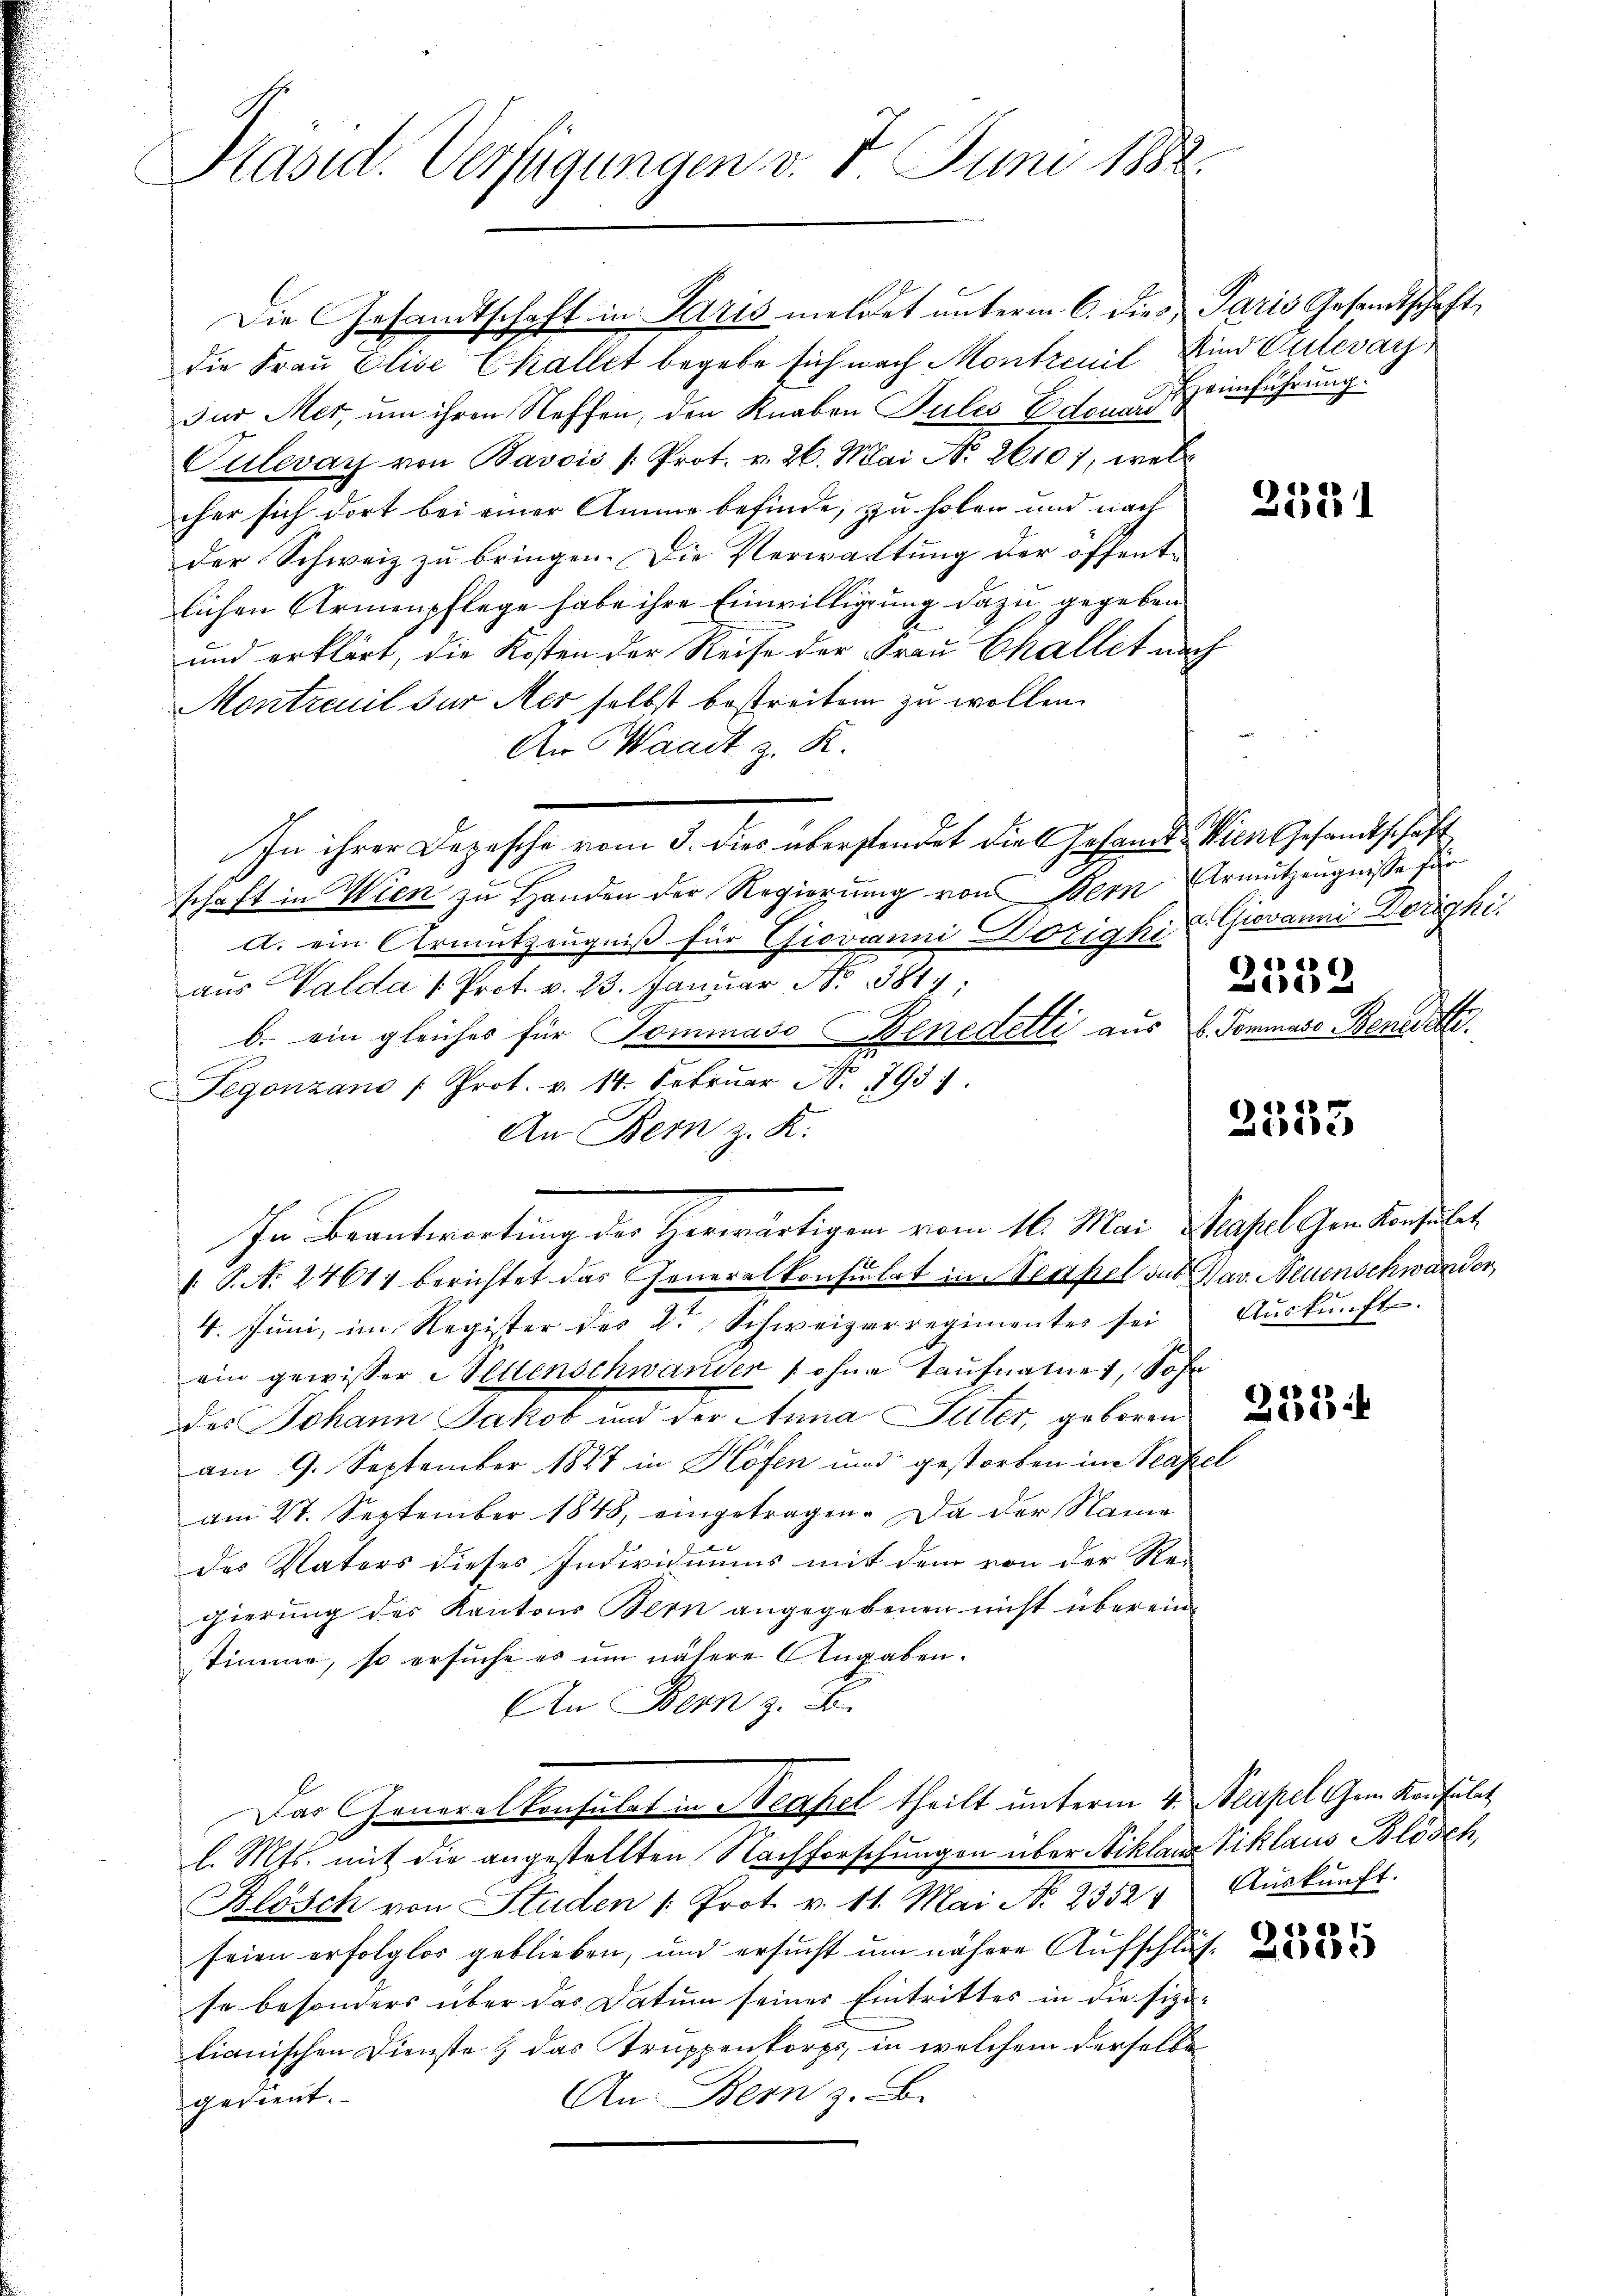
Präsid. Verfügungen v. 7. Juni 1882

die Frau Elise Challet begebe sich nach Montrenil Kind Gutear
Für Mer, um ihren Stoffen, den Knaben Pules Edouard
Culevar von Bavois s. Prot. v. 26. Mai No 26107, welch
cher sich dort bei einer Amme befinde, zu holen und nach
der Schweiz zu bringen. Die Verwachtung der öffentlichen Armenpflege habe ihre Einwilligung dazu gegeben
und erklärt, die Kosten der Reise der Frau Challit nach
Montrait der Mer selbst bestreiten zu wollen.
An Waadt z. R.
schaft in Wien zu Handen der Regierung von Bern Urmutzeugnisse für
a. ein Armutzeugniß für Giovanni Dozighi
aus Walda /: Prot. v. 23. Januar N. 3814:
b. ein gleiches für Sommaso Benedetti aus b. Sommase Benedet.
Tegonzano Prot. v. 14. Februar N. 1793.
An Bern z. K.
/. P. N. 27611 berichtet das Generalkonsulat in Neapel des Dav. Neuenschwander
4. Juni, im Register des Dr. Schweizerregimentes sei Aŭskŭnft.
ein gewisser Vettenschwander ohne taufnamet, Sofe
des Johann Jakob und der Anna Suter, geboren
am 9. September 1847 in Höfen und gestorben im Seefel
am 27. September 1848, eingetragen. Da der Name
des Vaters dieses Individuums mit dem von der Re-
gierung des Kantons Bern angegebenen nicht übereinstimme, so ersuche es um nähere Angaben.
An Bern z. B.
Das Generalkonsulat in Neapel theilt unterm 4. Neapel gen Konsulat
l. Mts. mit die angestellten Nachforschungen über Niklaus Viklaus Blösch,
Blösch von Studen /: Prot. v. 11. Mai No 2352 " Aŭskŭnft.
seien erfolglos geblieben, und ersucht um nähere Aufschläf-
se besonders über das Datum seiner Eintrittes in die sizilianischen Dienste & das Truppenkorps, in welchem derselbe
An Bern z. B.
gedient.

In ihrer Depesche vom 3. dies überstendet die Gesamt Wien Gesandtschaft

Die Gesandtschaft in Paris meldet unterm 6. die Paris Gesandtschaft,

In Beantwortung der Herwärtigen vom 11. Mai Basel den Konsulat

Heimführung.

. Giovanni Dorighi
)
0

2533

2335